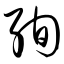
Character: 绚